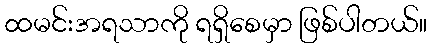
ထမင်းအရသာကို ရရှိစေမှာ ဖြစ်ပါတယ်။